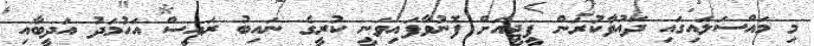
މި މައްސަލައިގައި ދައުވާކުރަން ޕީޖީއަށް ފޮނުވާފައިވަނީ ކުރީގެ ނައިބު ރައީސް އަހުމަދު އަދީބާއި